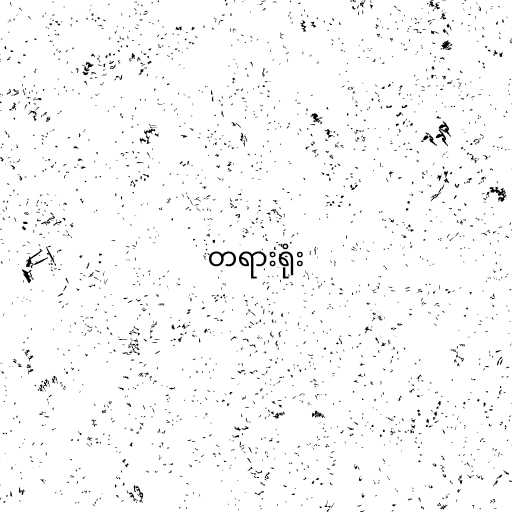
တရားရုံး